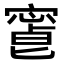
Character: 𡪥